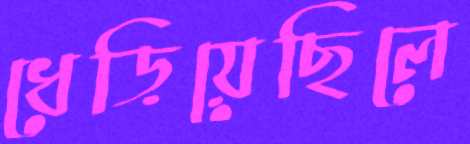
ধেড়িয়েছিলে